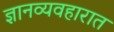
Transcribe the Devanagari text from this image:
ज्ञानव्यवहारात